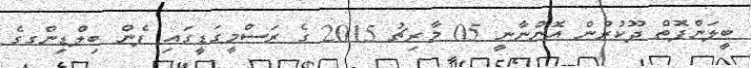
ބީލަންފޮތް ދޫކުރުން އޮންނާނީ 05 މާރިޗު 2015 ގެ ރަސްމީގަޑީގައި ފެން ބިލްޑިންގގެ